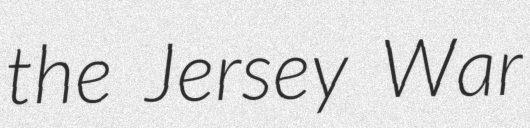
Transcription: the Jersey War